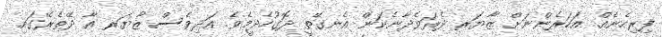
ފިރިހެނެއް. އަހަރެންނަށް ޒާޔަރ ދެރަވެދާނެކަން އެނގޭތީ ދޮގުހެދީމެވެ. އަދިވެސް ޒާޔަރ އާ ދޭތެރޭގައި